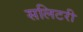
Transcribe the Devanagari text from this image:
सलिटरी